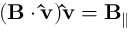
( \mathbf { B } \cdot \mathbf { \hat { v } } ) \mathbf { \hat { v } } = \mathbf { B } _ { \parallel }